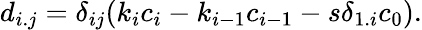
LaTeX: d_{i.j}=\delta_{ij}(k_{i}c_{i}-k_{i-1}c_{i-1}-s\delta_{1.i}c_{0}).